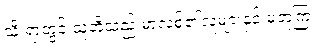
သို့ ရာတွင် သူတို့သည် မာလစ်၏လူများနှင့် မတူကြ။